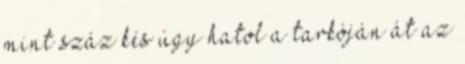
mint száz kés úgy hatol a tarkóján át az